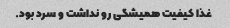
غذا کیفیت همیشگی رو نداشت و سرد بود.